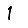
Digit: 1